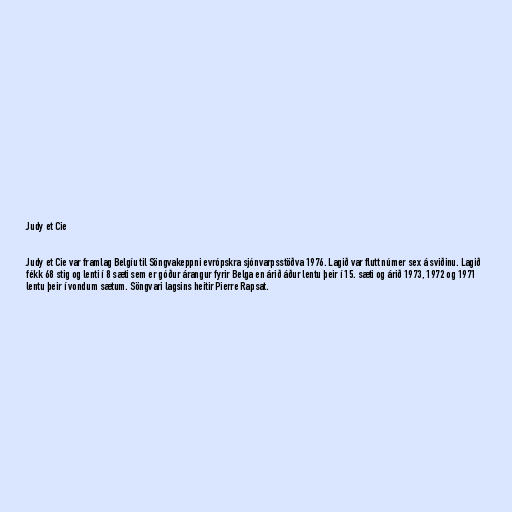
Judy et Cie

Judy et Cie var framlag Belgíu til Söngvakeppni evrópskra sjónvarpsstöðva 1976. Lagið var flutt númer sex á sviðinu. Lagið
fékk 68 stig og lenti í 8 sæti sem er góður árangur fyrir Belga en árið áður lentu þeir í 15. sæti og árið 1973, 1972 og 1971
lentu þeir í vondum sætum. Söngvari lagsins heitir Pierre Rapsat.